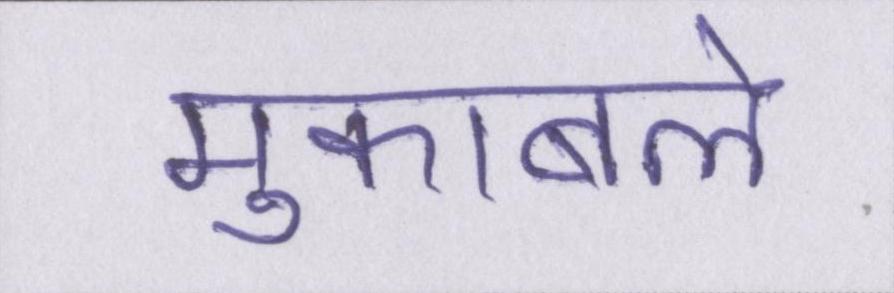
मुकाबले